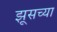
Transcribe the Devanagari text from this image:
झूसच्या